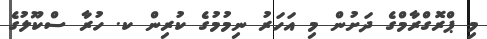
މި ޕްރޮގްރާމްގެ ދަށުން މި އަހަރު ނިމުމުގެ ކުރިން ކ. ހުރާ ސްކޫލުގެ